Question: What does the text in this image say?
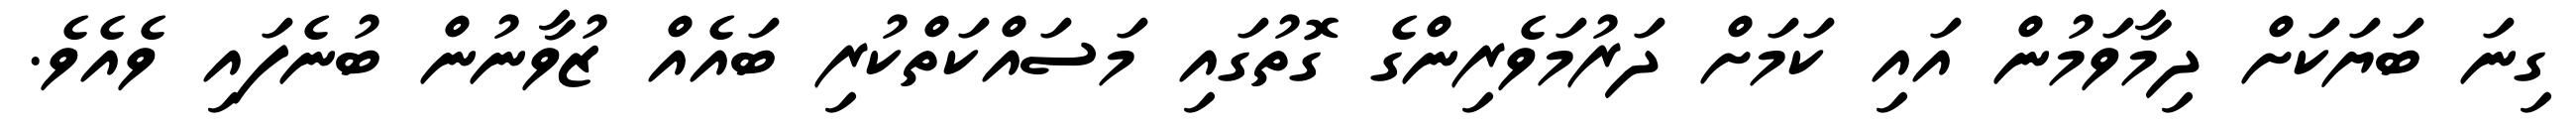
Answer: ގިނަ ބަޔަކަށް ދިމާވަމުން އައި ކަމަށް ދަރުމަވެރިންގެ ގޮތުގައި މަސައްކަތްކުރި ބައެއް ޒުވާނުން ބުނެފައި ވެއެވެ.